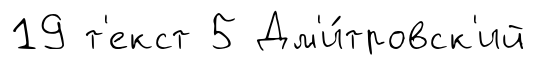
19 т'екст 5 Дм'и́тровск'ий